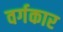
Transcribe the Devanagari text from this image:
वर्गकार